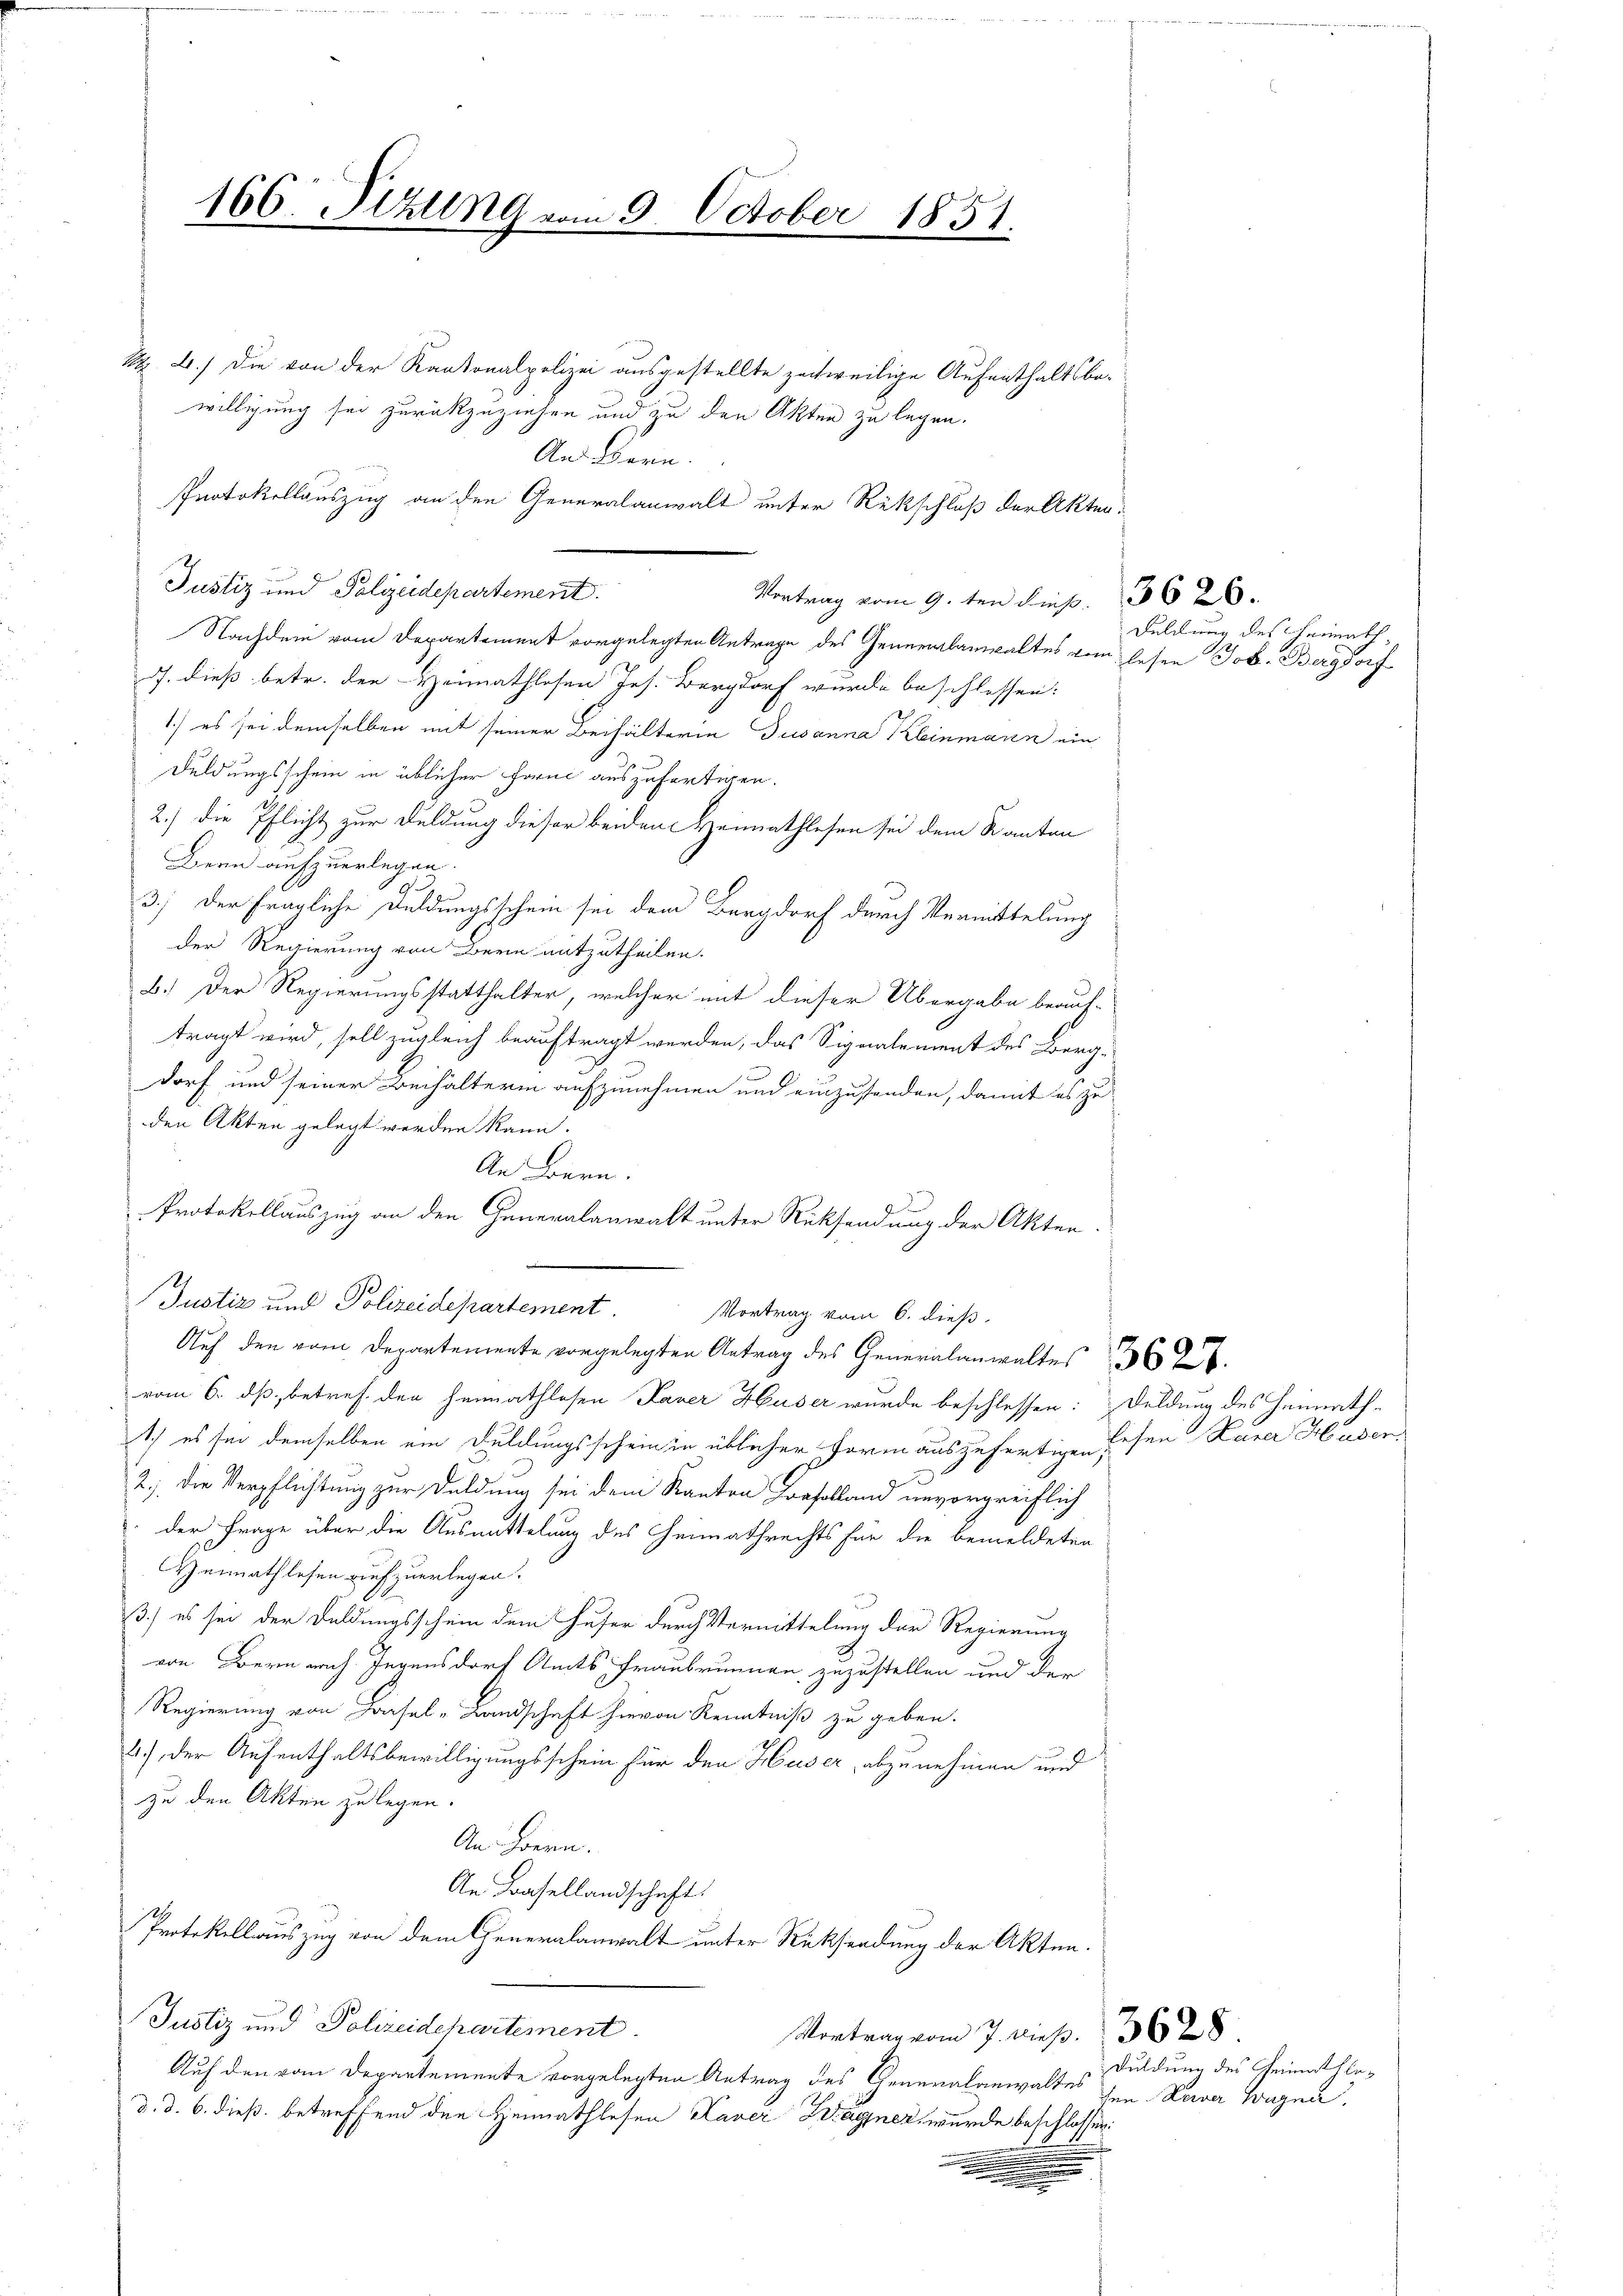
166. Sizung vom 9. October 1851.

N 2.) Die von der Kantonalpolizei ausgestellte zeitweilige Aufenthaltsbewilligung sei zurückzuziehen und zu den Akten zu legen.
An Bern.
Protokollauszug an den Generalanwalt unter Rükschluß der Akten.
Justiz und Polizeidepartement.
Vortrag vom 9. ten dies. 3628.
Nachdem vom Departement vorgelegten Antrage des Generalanwaltes vom lesen Job. Bergdorf
ds. dieß betr. den Heimathlosen Jes. Bergdorf wurde beschlossen:
1) es sei demselben mit seiner Beihälterin Susanna Kleinmann ein
Duldungsschein in üblicher Forme auszufertigen.
2.) Die Pflicht zur Feldung dieser beiden Heimathlesen sei dem Kanten
Bern aufzuerlegen.
3.) Der fragliche Duldungsschein sei dem Burgdorf durch Vermittelung
der Regierung von Bern mitzutheilen.
b.) Der Regierungsstatthalter, welcher mit dieser Übergabe beauf-
tragt wird, soll zugleich beauftragt werden, das Signalement des Berg-
dorf und seiner Beihalterin aufzunehmen und einzustanden, damit es zu
den Akten gelegt worden kann.
An Bern.
Protokollauszug an den Generalanwalt unter Rücksendung der Akten.
Justiz und Polizeidepartement.
Vortrag vom 6. dieß.
Auf den vom Departemente vorgelegten Antrag des Generalanwaltes
vom 6. dß, betref den Heimathlosen Taver Huser wurde beschlossen: Duldung des Heimath-
Ich es sei demselben ein Duldungsschein in üblicher Form auszufertigen sehen Laner Huser
9
2.) Die Verpflichtung zur Duldung sei dem Kanton Konfelland unvorgreiflich
 der Frage über die Ausmittelung des Heimathrechts für die bemeldeten
Heimathlesen aufzuerlegen.
3.) es sei der Duldungsschein dem Huser durch Vermittelung der Regierung
von Bern nach Ingensdorf Amts Fraubrunnen zuzustellen und der
Regierung von Basel-Landschaft hievon Kenntniß zu geben.
2.) Der Aufenthaltsbewilligungsschein für den Huser, abzunehmen und
zu den Akten zu legen.
An Hern.
An Basellandschaft
Protokollauszug von dem Generalanwalt unter Rücksendung der Akten.
Justiz und Polizeidchartement.
Vortrag vom 7. Dieß. 13628
Auf den vom Departemente vorgelegten Antrag des Generalanwaltes den Taver Wegna
d. d. 6. dieß, betreffend den Heimathlesen Kaver Wagner wurde beschlossen:
.
.
.
d

Duldung des Heimath¬

Duldung des Heimathle¬